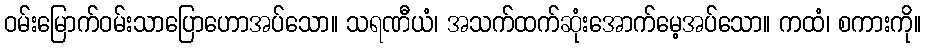
ဝမ်းမြောက်ဝမ်းသာပြောဟောအပ်သော။ သရဏီယံ၊ အသက်ထက်ဆုံးအောက်မေ့အပ်သော။ ကထံ၊ စကားကို။